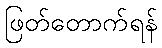
ဖြတ်တောက်ရန်